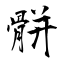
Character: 骿